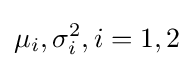
\mu _{i},\sigma _{i}^{2},i=1,2